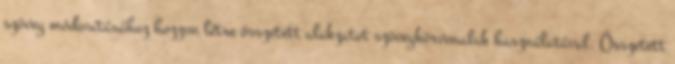
szöveg módosításához hozzon létre összetett alakzatot szövegkörvonalak használatával. Összetett